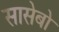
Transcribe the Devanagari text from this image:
सासेबो